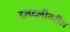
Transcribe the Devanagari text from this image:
दलदलीवरील